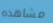
مشاهده